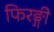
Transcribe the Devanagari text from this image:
फिरङ्गी